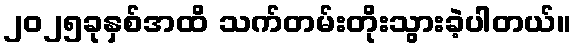
၂၀၂၅ခုနှစ်အထိ သက်တမ်းတိုးသွားခဲ့ပါတယ်။